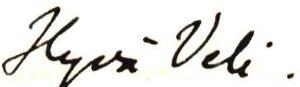
Hyvä Veli.